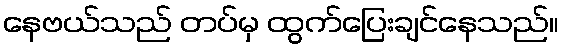
နေဗယ်သည် တပ်မှ ထွက်ပြေးချင်နေသည်။